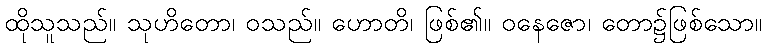
ထိုသူသည်။ သုဟိတော၊ ဝသည်။ ဟောတိ၊ ဖြစ်၏။ ဝနေဇော၊ တော၌ဖြစ်သော။